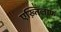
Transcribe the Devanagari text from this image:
एख़्तिलाफ